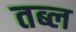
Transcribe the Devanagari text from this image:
तब्ल